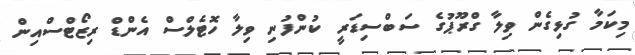
މިކަމާ ގުޅިގެން ވިލާ ގްރޫޕުގެ ސަބްސިޑަރީ ކުންފުނި ވިލާ ހޮޓެލްސް އެންޑް ރިޒޯޓްސްއިން